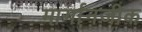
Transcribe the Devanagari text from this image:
मार्गानजीक